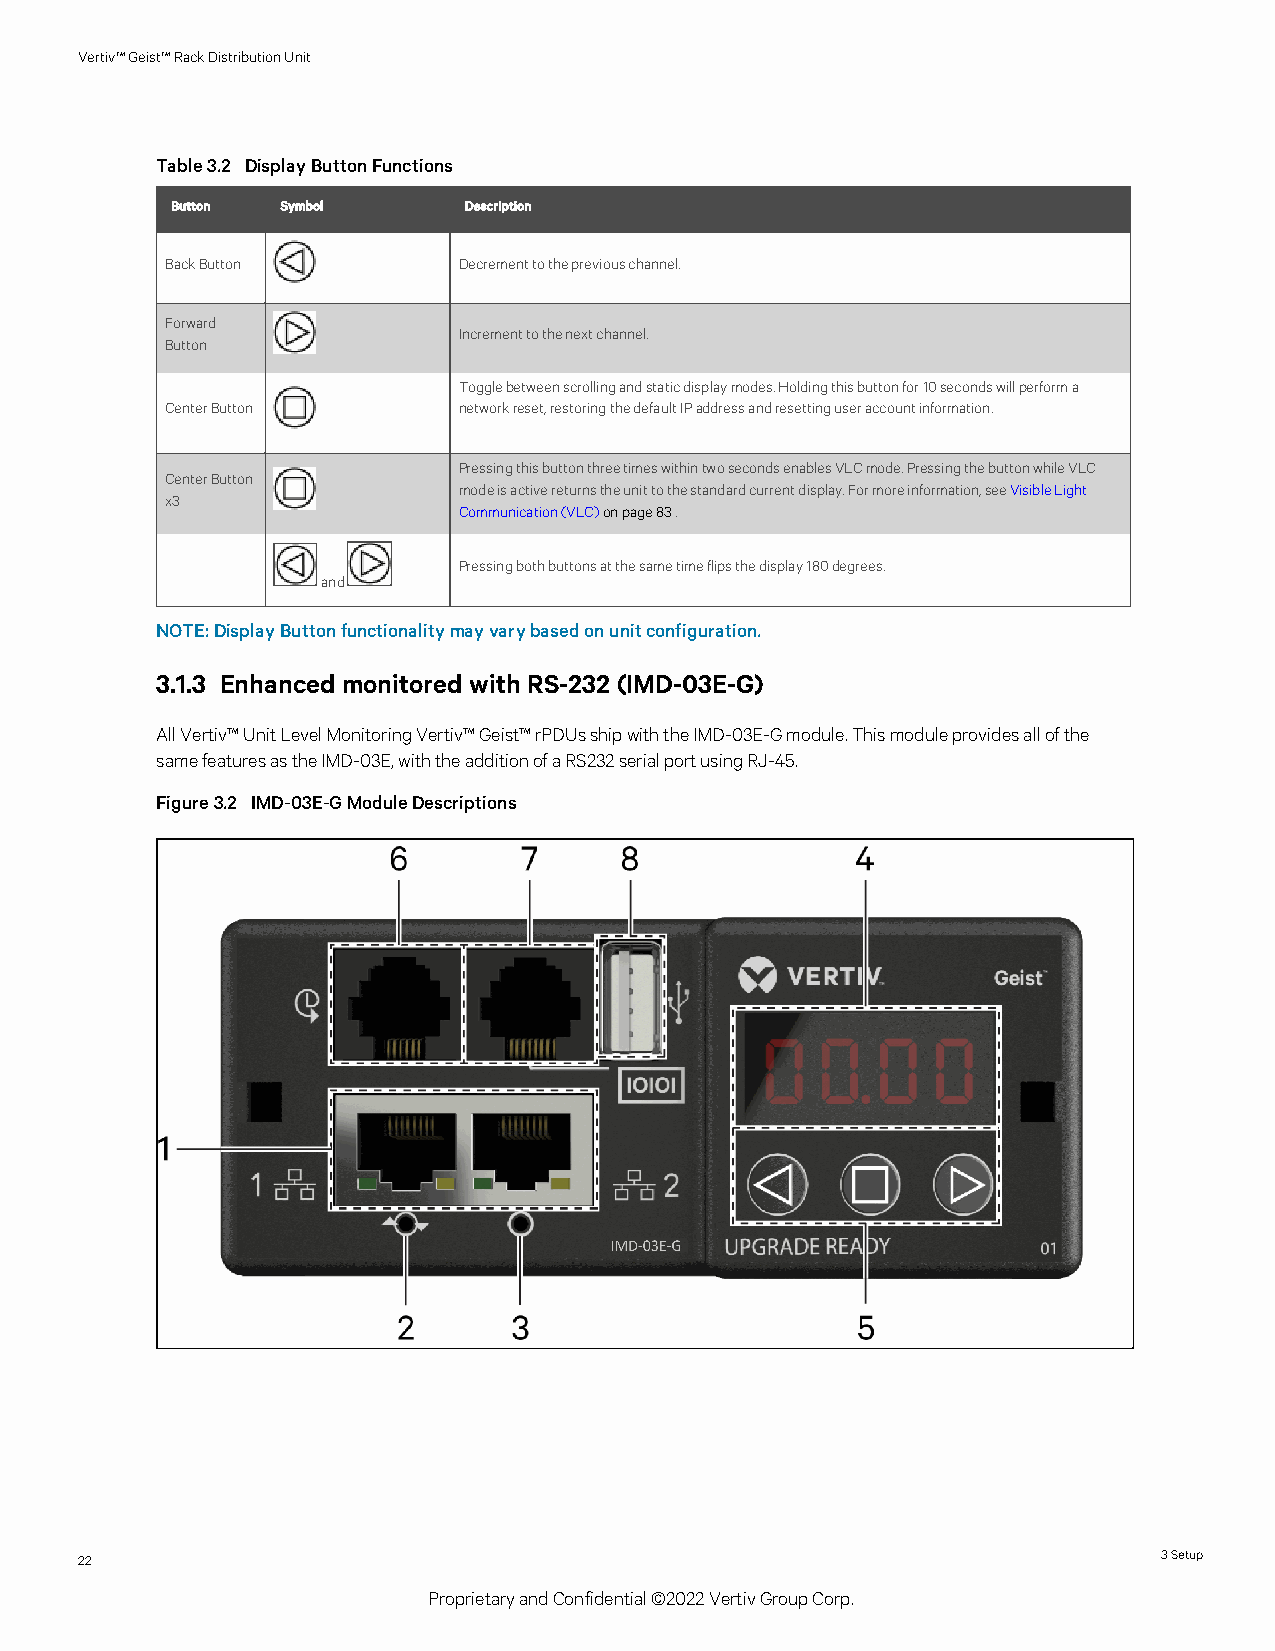
Vertiv™Geist™RackDistributionUnit
 Table3.2 DisplayButtonFunctions
 Button  Symbol      Description
 BackButton         Decrementtothepreviouschannel.
 Forward
 Incrementtothenextchannel.
 Button
 Togglebetweenscrollingandstaticdisplaymodes.Holdingthisbuttonfor10secondswillperforma
 CenterButton       networkreset,restoringthedefaultIPaddressandresettinguseraccountinformation.
 PressingthisbuttonthreetimeswithintwosecondsenablesVLCmode.PressingthebuttonwhileVLC
 CenterButton
 modeisactivereturnstheunittothestandardcurrentdisplay.Formoreinformation,seeVisibleLight
 x3
 Communication(VLC)onpage 83.
 Pressingbothbuttonsatthesametimeflipsthedisplay180degrees.
 and
 NOTE:DisplayButtonfunctionalitymayvarybasedonunitconfiguration.
 3.1.3 Enhanced monitored with RS-232 (IMD-03E-G)
 AllVertiv™UnitLevelMonitoringVertiv™Geist™rPDUsshipwiththeIMD-03E-Gmodule.Thismoduleprovidesallofthe
 samefeaturesastheIMD-03E,withtheadditionofaRS232serialportusingRJ-45.
 Figure3.2 IMD-03E-GModuleDescriptions
 22                                                                      3Setup
 ProprietaryandConfidential©2022VertivGroupCorp.